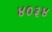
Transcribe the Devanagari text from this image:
४०३४